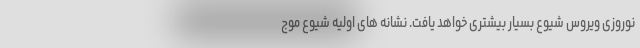
نوروزی ویروس شیوع بسیار بیشتری خواهد یافت. نشانه های اولیه شیوع موج